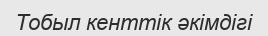
Тобыл кенттік әкімдігі